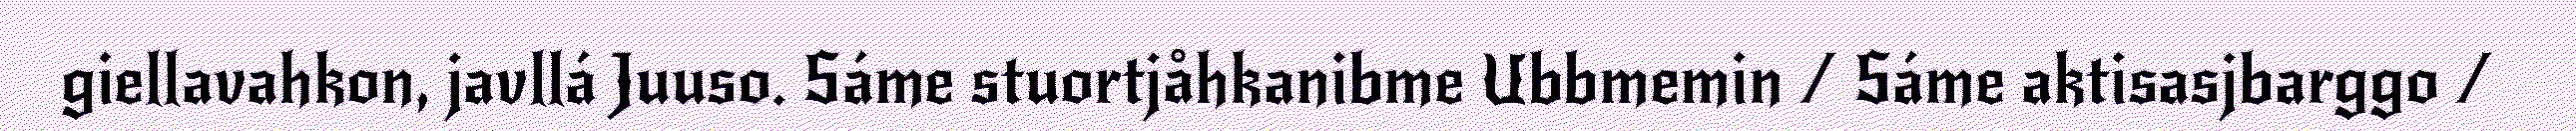
giellavahkon, javllá Juuso. Sáme stuortjåhkanibme Ubbmemin / Sáme aktisasjbarggo /